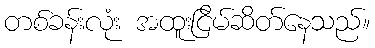
တစ်ခန်းလုံး အထူးငြိမ်ဆိတ်နေသည်။